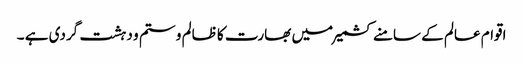
اقوام عالم کے سامنے کشمیر میں بھارت کا ظالم و ستم و دہشت گردی ہے ۔